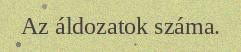
Az áldozatok száma.